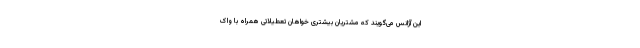
این آژانس می‌گویند که مشتریان بیشتری خواهان تعطیلاتی همراه با واک